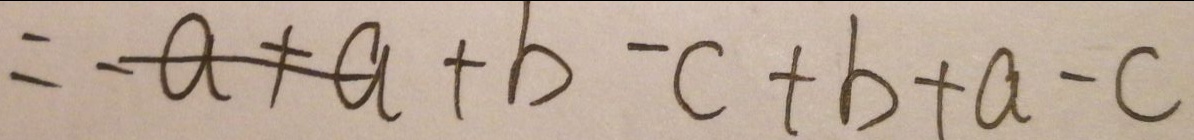
= - a + a + b - c + b + a - c